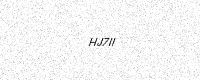
Text: HJ7II